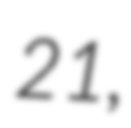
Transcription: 21,